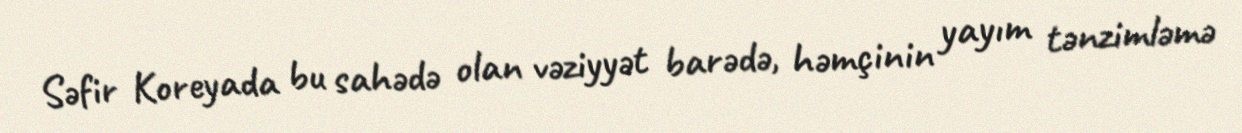
Səfir Koreyada bu sahədə olan vəziyyət barədə, həmçinin yayım tənzimləmə